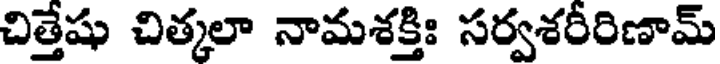
చిత్తేషు చిత్కలా నామశక్తిః సర్వశరీరిణామ్